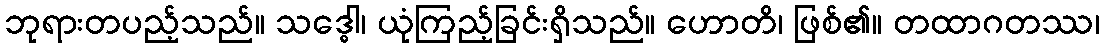
ဘုရားတပည့်သည်။ သဒ္ဓေါ၊ ယုံကြည့်ခြင်းရှိသည်။ ဟောတိ၊ ဖြစ်၏။ တထာဂတဿ၊